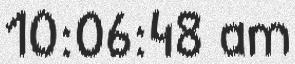
10:06:48 am